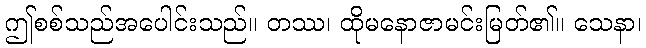
ဤစစ်သည်အပေါင်းသည်။ တဿ၊ ထိုမနောဇာမင်းမြတ်၏။ သေနာ၊